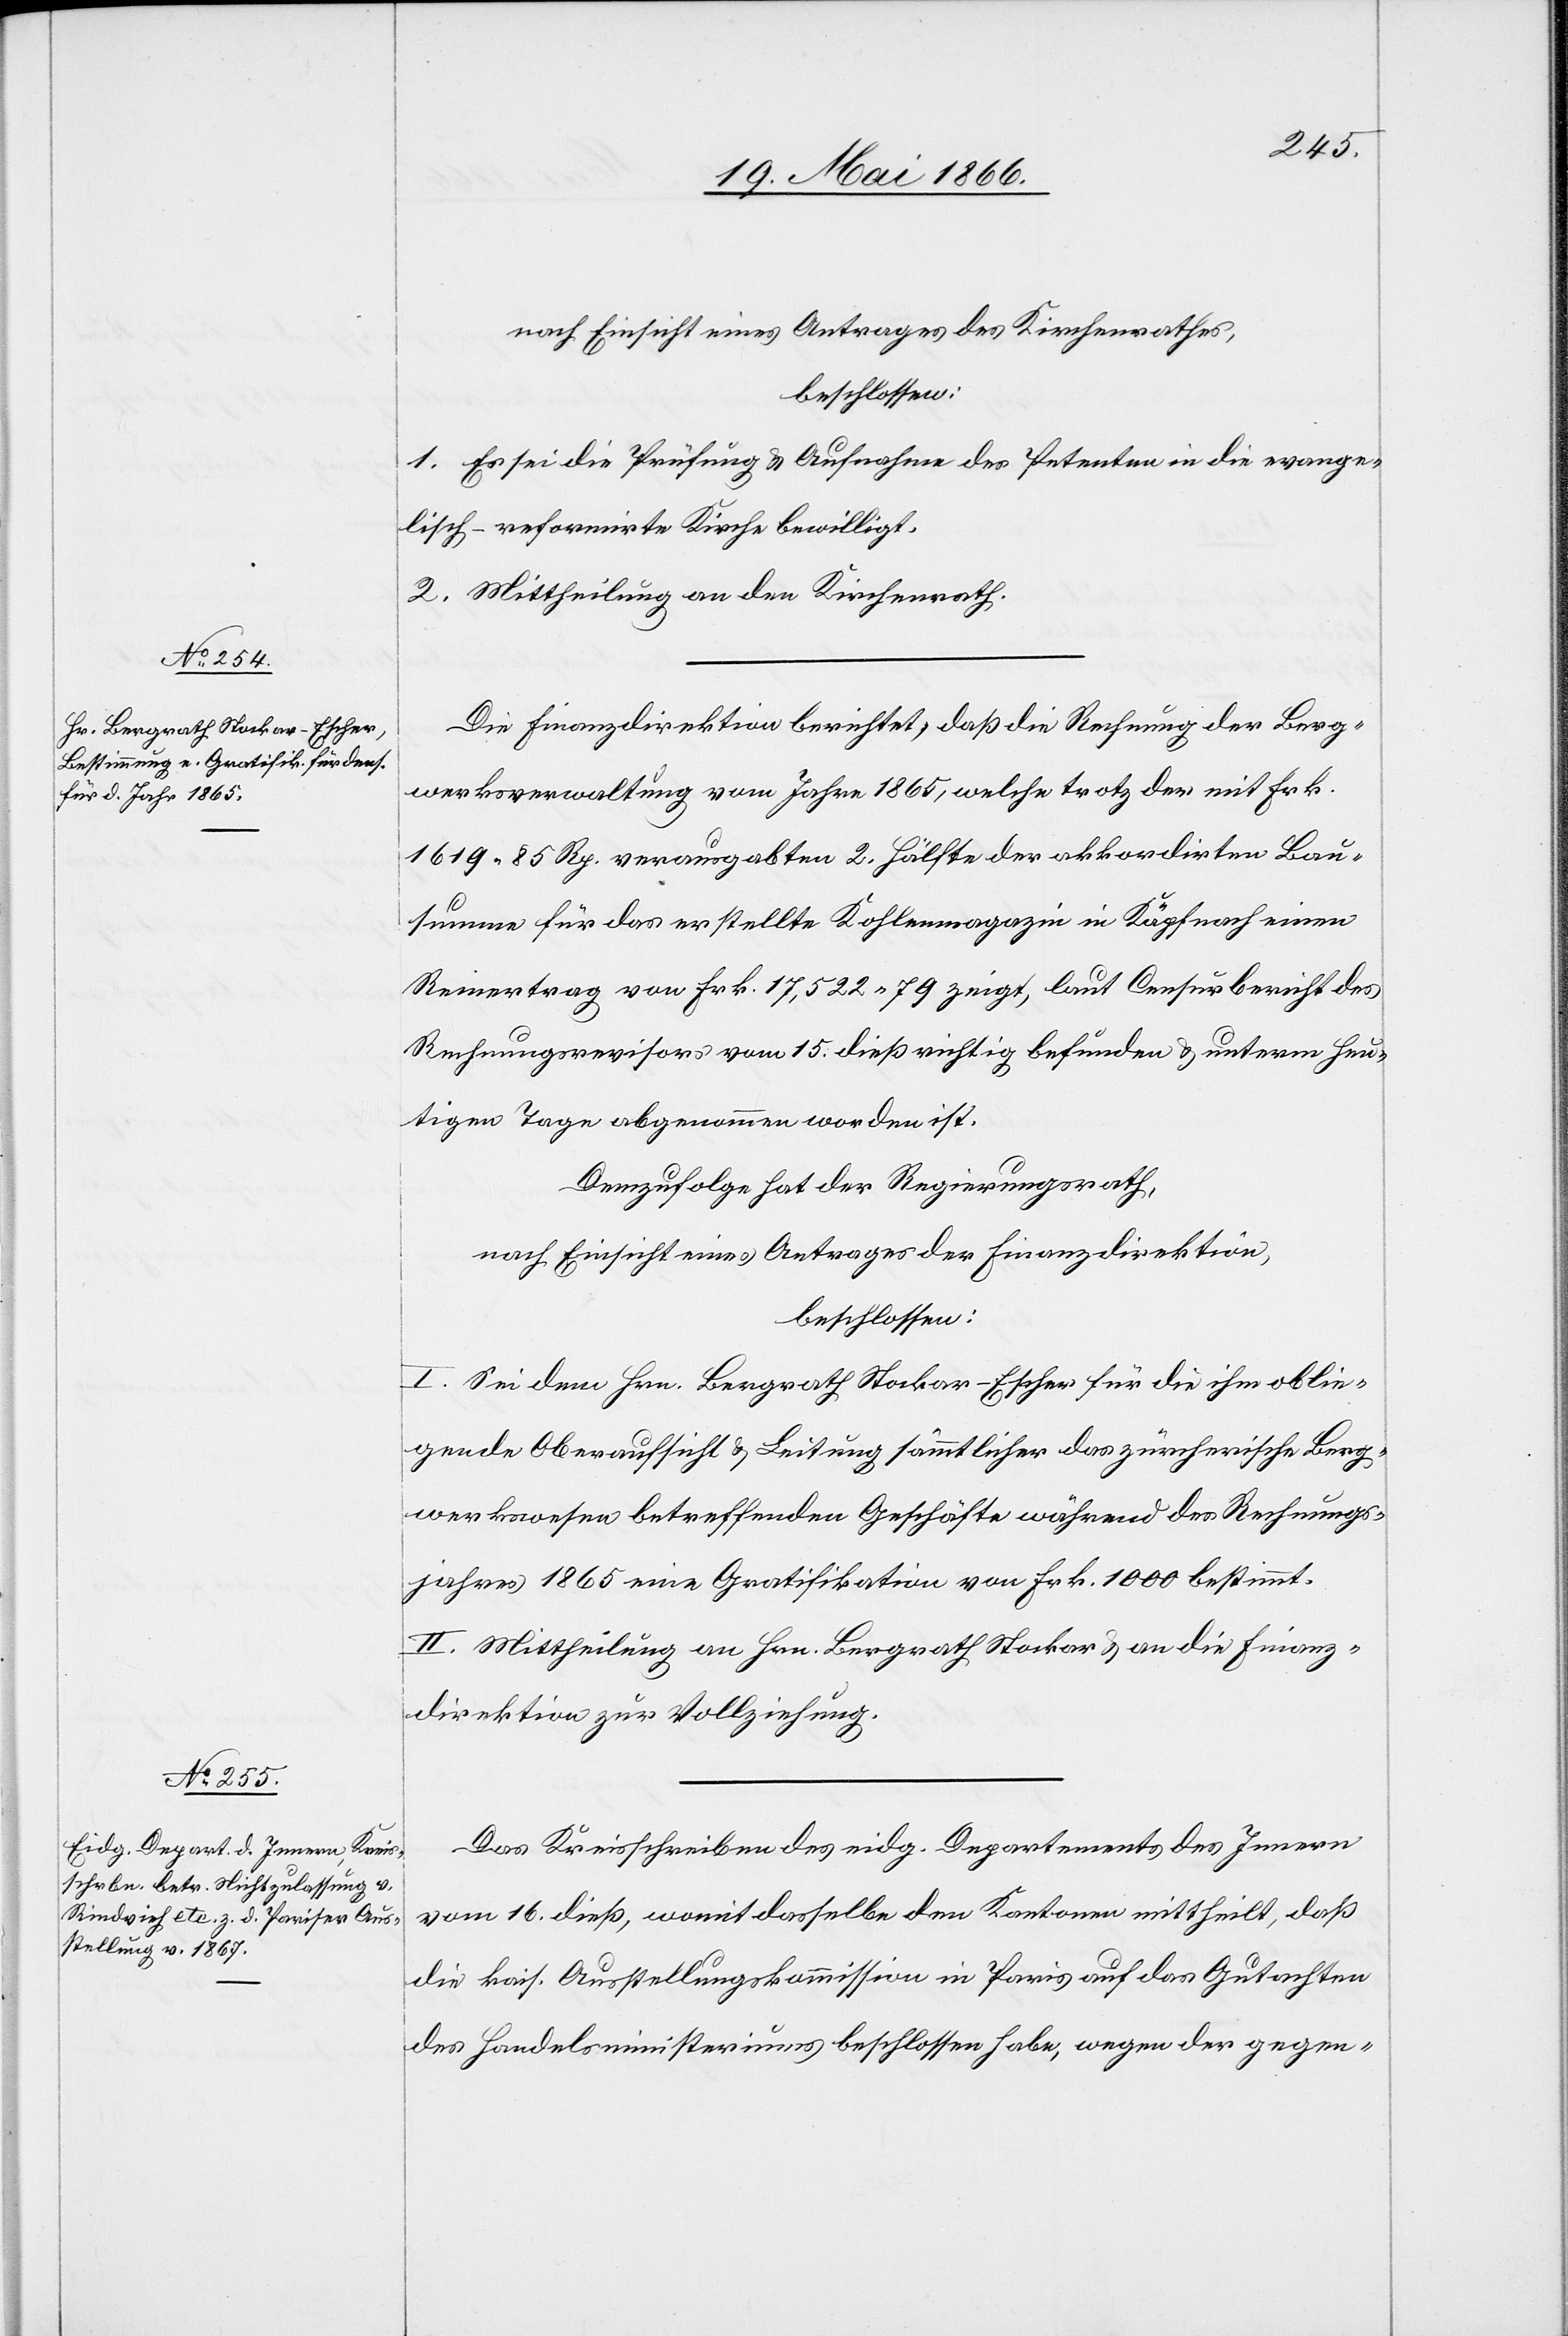
nach Einsicht eines Antrages des Kirchenrathes,
beschlossen:
1. Es sei die Prüfung u. Aufnahme des Petenten in die evange¬
lisch-reformirte Kirche bewilligt.
2. Mittheilung an den Kirchenrath.
Die Finanzdirektion berichtet, daß die Rechnung der Berg¬
werksverwaltung vom Jahre 1865, welche trotz der mit Frk.
1619.85 Rp. verausgabten 2. Hälfte der akkordirten Bau¬
summe für das erstellte Kohlenmagazin in Küpfnach einen
Reinertrag von Frk. 17 522.79 zeigt, laut Censurbericht des
Rechnungsrevisors vom 15. dieß richtig befunden u. unterm heu¬
tigen Tage abgenommen worden ist.
Demzufolge hat der Regierungsrath,
nach Einsicht eines Antrages der Finanzdirektion,
beschlossen:
I. Sei dem Hrn. Bergrath Stockar-Escher für die ihm oblie¬
gende Oberaufsicht u. Leitung sämmtlicher das zürcherische Berg¬
werkswesen betreffenden Geschäfte während des Rechnungs¬
jahres 1865 eine Gratifikation von Frk. 1000 bestimmt.
II. Mittheilung an Hrn. Bergrath Stockar u. an die Finanz¬
direktion zur Vollziehung.
Das Kreisschreiben des eidg. Departements des Innern
vom 16. dieß, womit dasselbe den Kantonen mittheilt, daß
die kais. Ausstellungskommission in Paris auf das Gutachten
des Handelsministeriums beschlossen habe, wegen der gegen-